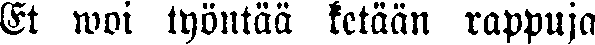
Et woi työntää ketään rappuja